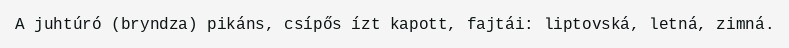
A juhtúró (bryndza) pikáns, csípős ízt kapott, fajtái: liptovská, letná, zimná.